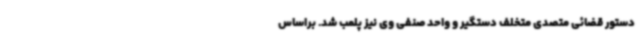
دستور قضائی متصدی متخلف دستگیر و واحد صنفی وی نیز پلمب شد. براساس